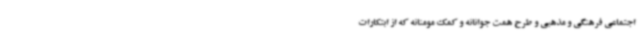
اجتماعی فرهنگی و مذهبی و طرح همت جوانانه و کمک مومنانه که از ابتکارات